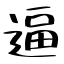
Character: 逼